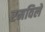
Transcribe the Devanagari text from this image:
रमविले